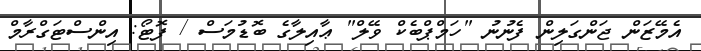
އެމޭޒަން ޖަންގަލިން ފެނުނު "ހަމްޕްބެކް ވޭލް" ޢާއިލާގެ ބޮޑުމަސް / ފޮޓޯ: އިންސްޓަގްރާމް